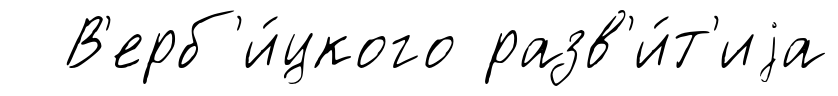
В'ерб'и́цкого разв'и́т'иjа